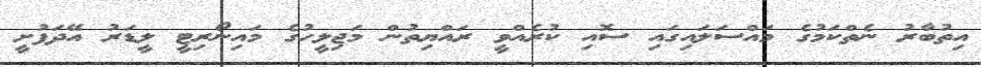
އިތުބާރު ނެތްކަމުގެ މައްސަލައިގައި ސޮއި ކުރެއްވީ ރައްޔިތުން މަޖިލީހުގެ މައިނޯރިޓީ ލީޑަރު އޭދަފުށީ